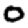
Digit: 0